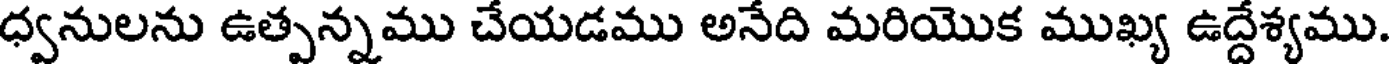
ధ్వనులను ఉత్పన్నము చేయడము అనేది మరియొక ముఖ్య ఉద్దేశ్యము.